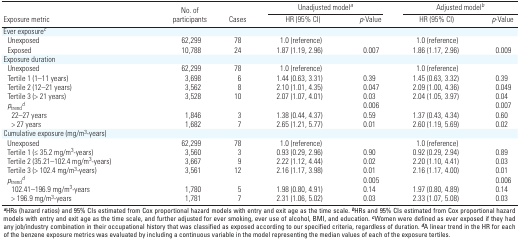
<table><thead><tr><td rowspan="2"><b>Exposure metric</b></td><td rowspan="2"><b>No. of participants </b></td><td rowspan="2"><b>Cases</b></td><td colspan="2"><b>Unadjusted model<sup><i>a</i></sup></b></td><td colspan="2"><b>Adjusted model<sup><i>b</i></sup></b></td></tr><tr><td><b>HR (95% CI) </b></td><td><b><i>p</i>-Value</b></td><td><b>HR (95% CI) </b></td><td><b><i>p</i>-Value</b></td></tr></thead><tbody><tr><td><b>Ever exposure<sup><i>c</i></sup></b></td></tr><tr><td><b>Unexposed</b></td><td>62,299</td><td>78</td><td>1.0 (reference)</td><td></td><td>1.0 (reference)</td></tr><tr><td><b>Exposed</b></td><td>10,788</td><td>24</td><td>1.87 (1.19, 2.96)</td><td>0.007</td><td>1.86 (1.17, 2.96)</td><td>0.009</td></tr><tr><td><b>Exposure duration</b></td></tr><tr><td><b>Unexposed</b></td><td>62,299</td><td>78</td><td>1.0 (reference)</td><td></td><td>1.0 (reference)</td></tr><tr><td><b>Tertile 1 (1–11 years)</b></td><td>3,698</td><td>6</td><td>1.44 (0.63, 3.31)</td><td>0.39</td><td>1.45 (0.63, 3.32)</td><td>0.39</td></tr><tr><td><b>Tertile 2 (12–21 years)</b></td><td>3,562</td><td>8</td><td>2.10 (1.01, 4.35)</td><td>0.047</td><td>2.09 (1.00, 4.36)</td><td>0.049</td></tr><tr><td><b>Tertile 3 (&gt; 21 years)</b></td><td>3,528</td><td>10</td><td>2.07 (1.07, 4.01)</td><td>0.03</td><td>2.04 (1.05, 3.97)</td><td>0.04</td></tr><tr><td><b><i>p</i><sub>trend</sub><sup><i>d</i></sup></b></td><td></td><td></td><td></td><td>0.006</td><td></td><td>0.007</td></tr><tr><td><b>22–27 years</b></td><td>1,846</td><td>3</td><td>1.38 (0.44, 4.37)</td><td>0.59</td><td>1.37 (0.43, 4.34)</td><td>0.60</td></tr><tr><td><b>&gt; 27 years</b></td><td>1,682</td><td>7</td><td>2.65 (1.21, 5.77)</td><td>0.01</td><td>2.60 (1.19, 5.69)</td><td>0.02</td></tr><tr><td><b>Cumulative exposure (mg/m<sup>3</sup>-years)</b></td></tr><tr><td><b>Unexposed</b></td><td>62,299</td><td>78</td><td>1.0 (reference)</td><td></td><td>1.0 (reference)</td></tr><tr><td><b>Tertile 1 (≤ 35.2 mg/m<sup>3</sup>-years)</b></td><td>3,560</td><td>3</td><td>0.93 (0.29, 2.96)</td><td>0.90</td><td>0.92 (0.29, 2.94)</td><td>0.89</td></tr><tr><td><b>Tertile 2 (35.21–102.4 mg/m<sup>3</sup>-years)</b></td><td>3,667</td><td>9</td><td>2.22 (1.12, 4.44)</td><td>0.02</td><td>2.20 (1.10, 4.41)</td><td>0.03</td></tr><tr><td><b>Tertile 3 (&gt; 102.4 mg/m<sup>3</sup>-years)</b></td><td>3,561</td><td>12</td><td>2.16 (1.17, 3.98)</td><td>0.01</td><td>2.16 (1.17, 4.00)</td><td>0.01</td></tr><tr><td><b><i>p</i><sub>trend</sub><sup><i>d</i></sup></b></td><td></td><td></td><td></td><td>0.005</td><td></td><td>0.006</td></tr><tr><td><b>102.41–196.9 mg/m<sup>3</sup>-years</b></td><td>1,780</td><td>5</td><td>1.98 (0.80, 4.91)</td><td>0.14</td><td>1.97 (0.80, 4.89)</td><td>0.14</td></tr><tr><td><b>&gt; 196.9 mg/m<sup>3</sup>-years</b></td><td>1,781</td><td>7</td><td>2.31 (1.06, 5.02)</td><td>0.03</td><td>2.33 (1.07, 5.08)</td><td>0.03</td></tr><tr><td colspan="7"><sup><i><b>a</b></i></sup>HRs (hazard ratios) and 95% CIs estimated from Cox proportional hazard models with entry and exit age as the time scale. <sup><i><b>b</b></i></sup>HRs and 95% CIs estimated from Cox proportional hazard models with entry and exit age as the time scale, and further adjusted for ever smoking, ever use of alcohol, BMI, and education. <sup><i><b>c</b></i></sup>Women were defined as ever exposed if they had any job/industry combination in their occupational history that was classified as exposed according to our specified criteria, regardless of duration. <sup><i><b>d</b></i></sup>A linear trend in the HR for each of the benzene exposure metrics was evaluated by including a continuous variable in the model representing the median values of each of the exposure tertiles. </td></tr></tbody></table>